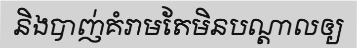
និងបាញ់គំរាមតែមិនបណ្តាលឲ្យ